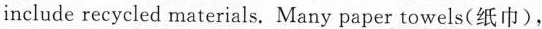
include recycled materials. Many paper towels(纸巾),